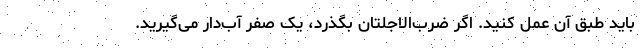
باید طبق آن عمل کنید. اگر ضرب‌الاجلتان بگذرد، یک صفر آب‌دار می‌گیرید.